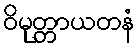
ဝိမုတ္တာယတနံ